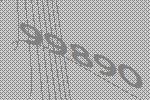
99890